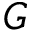
G